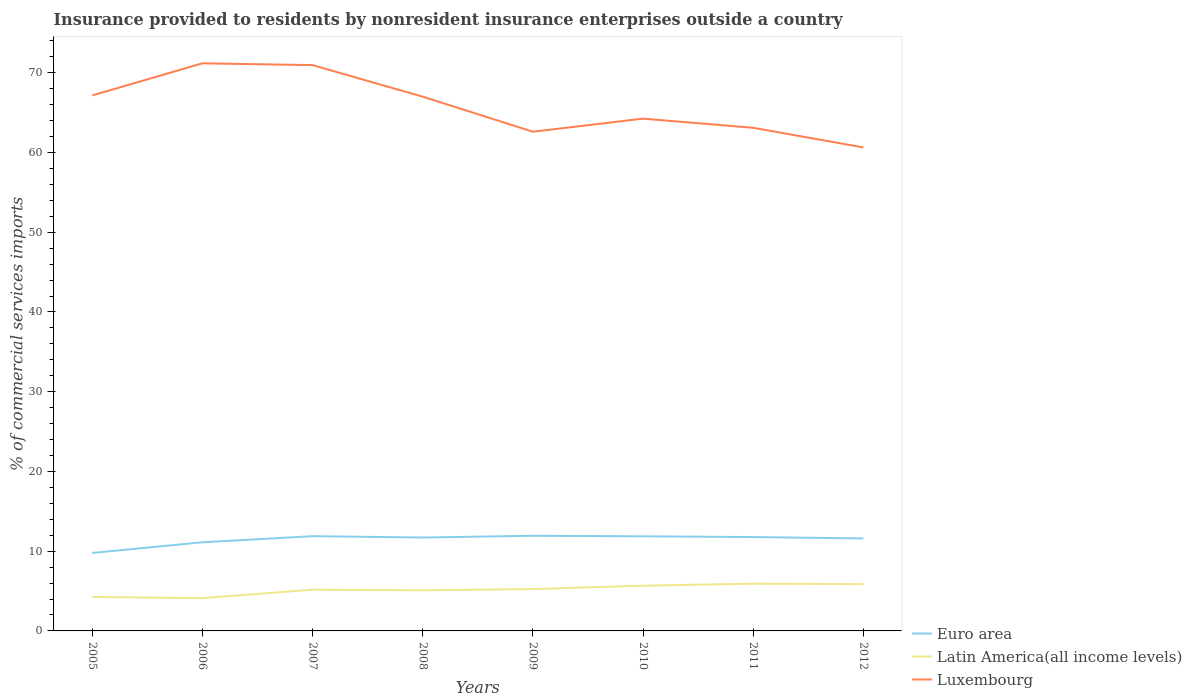
| Years | Euro area | Latin America(all income levels) | Luxembourg |
 | --- | --- | --- | --- |
 | 2005 | 9.78 | 4.26 | 67.2 |
 | 2006 | 11.1 | 4.11 | 71.2 |
 | 2007 | 11.9 | 5.17 | 71 |
 | 2008 | 11.7 | 5.09 | 67 |
 | 2009 | 11.9 | 5.25 | 62.6 |
 | 2010 | 11.9 | 5.68 | 64.2 |
 | 2011 | 11.8 | 5.92 | 63.1 |
 | 2012 | 11.6 | 5.87 | 60.6 |